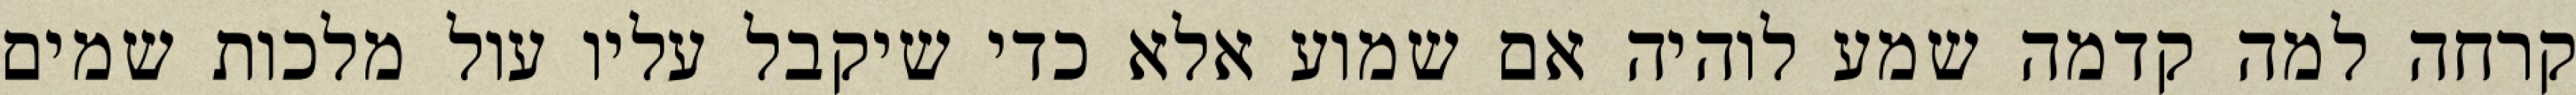
קרחה למה קדמה שמע לוהיה אם שמוע אלא כדי שיקבל עליו עול מלכות שמים